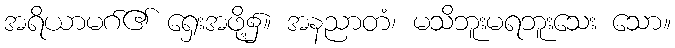
အရိယာမဂ်၏ ရှေးအဖို့၌။ အနညာတံ၊ မသိဘူးမရဘူးသေး သော။